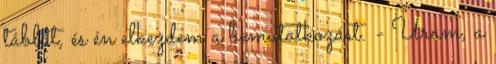
táblát, és én elkezdem a bemutatkozást. - Uram, a